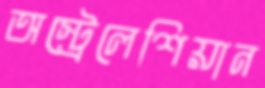
অস্ট্রেলেশিয়ান